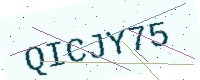
Text: QICJY75